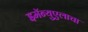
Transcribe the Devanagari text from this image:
इमॅन्युएलाचा